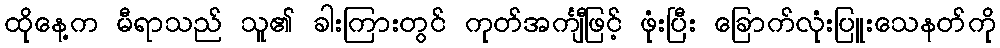
ထိုနေ့က မီရာသည် သူ၏ ခါးကြားတွင် ကုတ်အင်္ကျီဖြင့် ဖုံးပြီး ခြောက်လုံးပြူးသေနတ်ကို